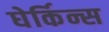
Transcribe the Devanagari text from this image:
घेर्किन्स